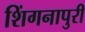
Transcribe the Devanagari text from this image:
शिंगनापुरी